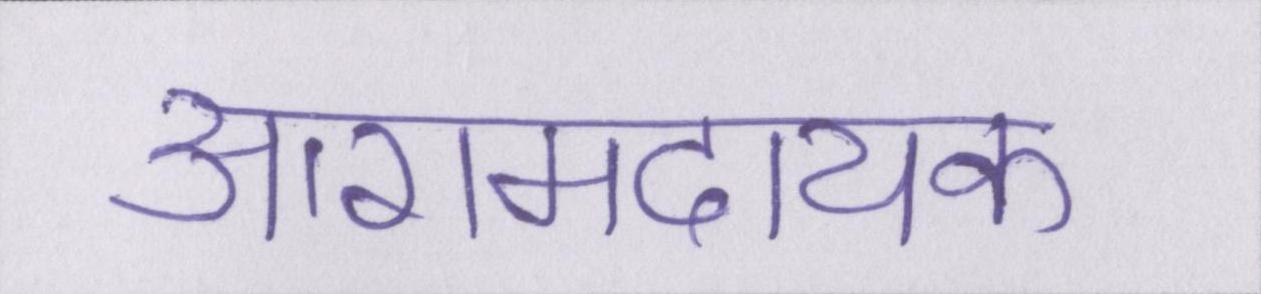
आरामदायक